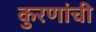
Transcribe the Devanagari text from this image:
कुरणांची